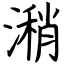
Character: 潲